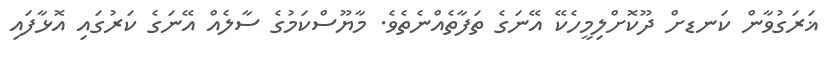
ޣަރަގުވާން ކަނޑށް ދޫކޮށްލިމީހެކޭ އޭނަގެ ތަފާތެއްނެތެވެ. މާޔޫސްކަމުގެ ސާލެއް އޭނަގެ ކަރުގައި އޮޅާފައި